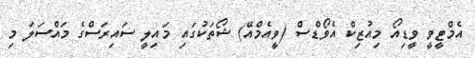
އެމްޓީވީ ވީޑިއޯ މިއުޒިކް އެވޯޑްސް (ވީއެމްއޭ) ޝޯތަކުގައި މައިލީ ސައިރަސްގެ މައްސަލަ މި